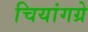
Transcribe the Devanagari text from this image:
चियांगग्रे